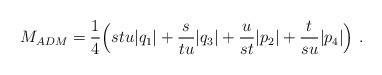
LaTeX: \begin{align*}M_{ADM} = {1\over 4} \Bigl(stu|q_1| +{s \over tu}|q_3| +{u \over st }|p_2| +{t \over su}|p_4|\Bigr) \ .\end{align*}